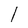
Character: l